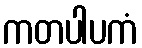
ကတပါပကံ